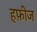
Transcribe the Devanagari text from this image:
हफ़ीज